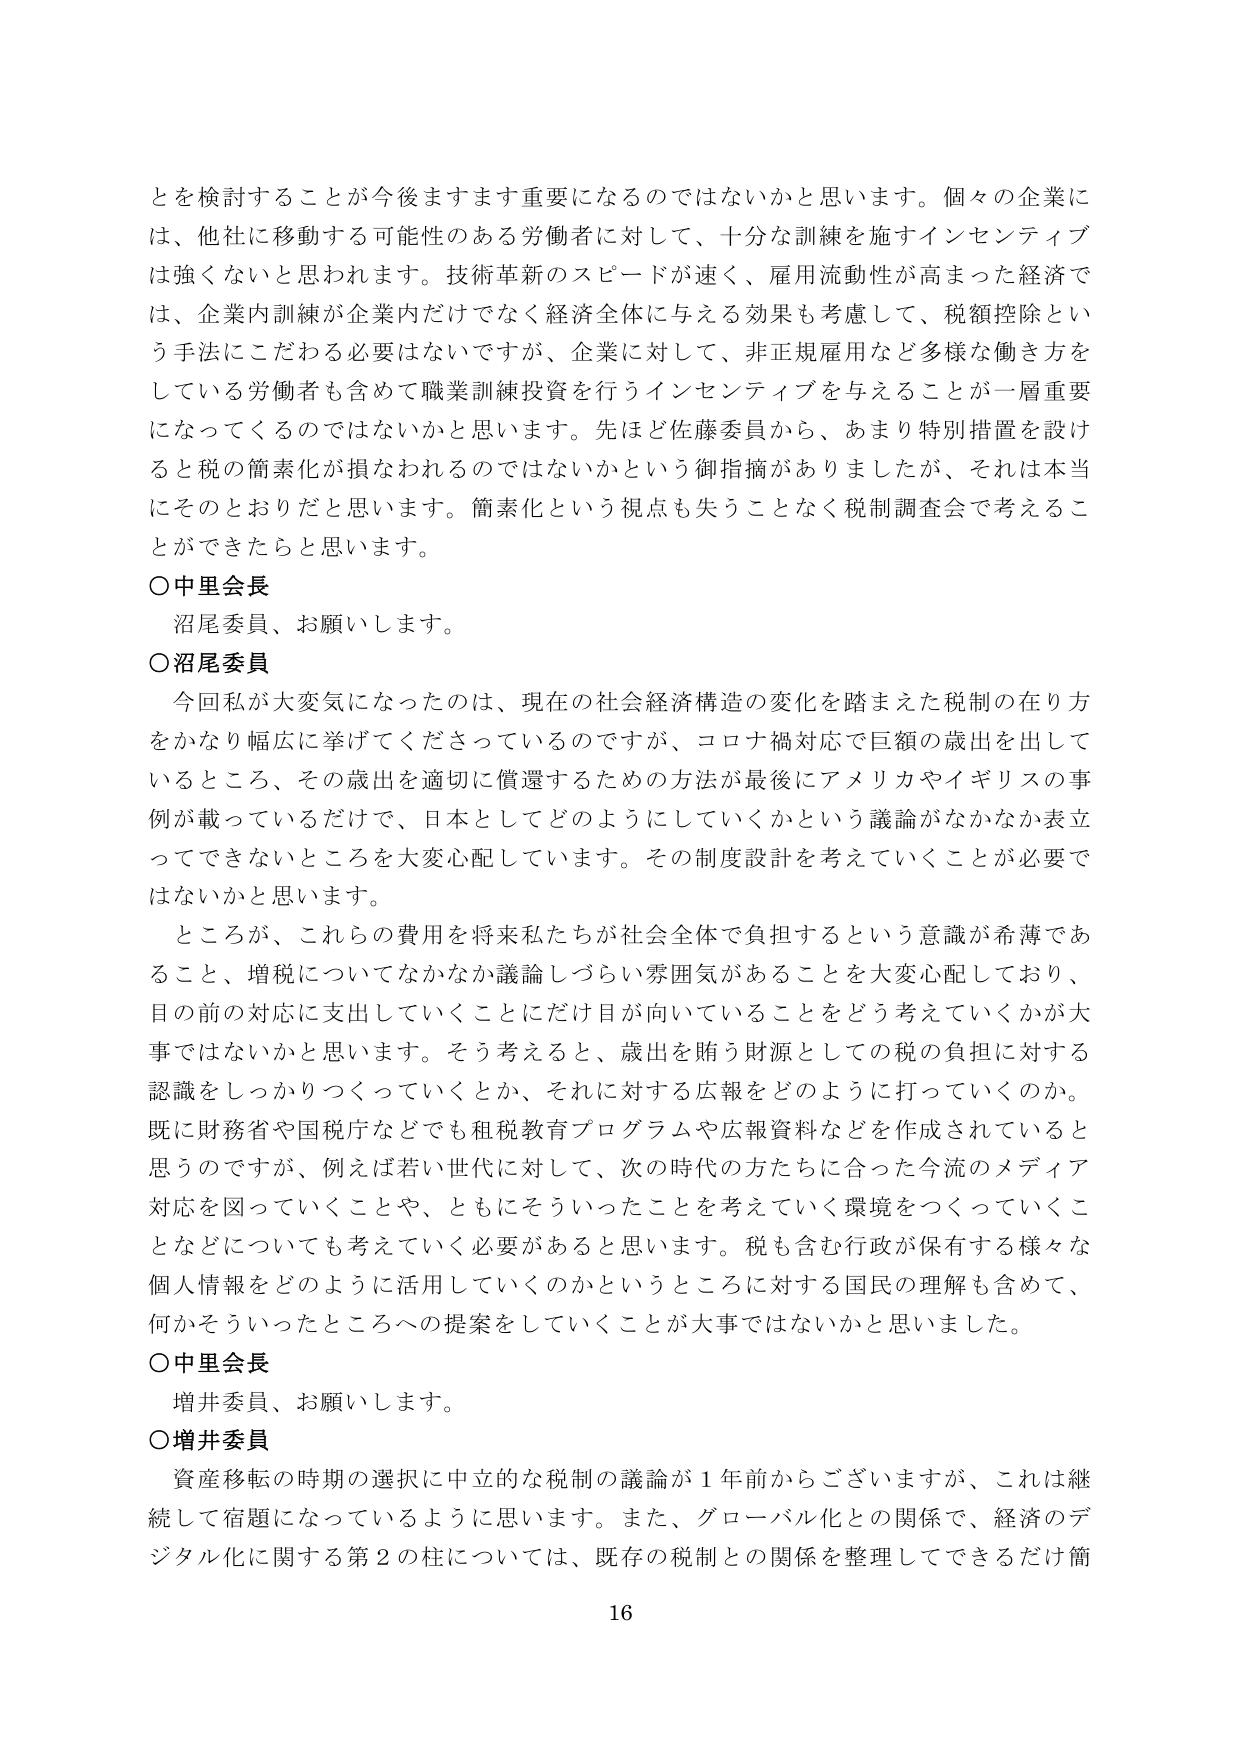
とを検討することが今後ますます重要になるのではないかと思います。個々の企業には、他社に移動する可能性のある労働者に対して、十分な訓練を施すインセンティブは強くないと思われます。技術革新のスピードが速く、雇用流動性が高まった経済では、企業内訓練が企業内だけでなく経済全体に与える効果も考慮して、税額控除という手法にこだわる必要はないですが、企業に対して、非正規雇用など多様な働き方をしている労働者も含めて職業訓練投資を行うインセンティブを与えることが一層重要になってくるのではないかと思います。先ほど佐藤委員から、あまり特別措置を設けると税の簡素化が損なわれるのではないかという御指摘がありましたが、それは本当にそのとおりだと思います。簡素化という視点も失うことなく税制調査会で考えることができたらと思います。

○中里会長
沼尾委員、お願いします。

○沼尾委員
今回私が大変気になったのは、現在の社会経済構造の変化を踏まえた税制の在り方をかなり幅広に挙げてくださっているのですが、コロナ禍対応で巨額の歳出を出しているところ、その歳出を適切に償還するための方法が最後にアメリカやイギリスの事例が載っているだけで、日本としてどのようにしていくかという議論がなかなか表立ってできないところを大変心配しています。その制度設計を考えていくことが必要ではないかと思います。

ところが、これらの費用を将来私たちが社会全体で負担するという意識が希薄であること、増税についてなかなか議論しづらい雰囲気があることを大変心配しており、目の前の対応に支出していくことにだけ目が向いていることをどう考えていくかが大事ではないかと思います。そう考えると、歳出を賄う財源としての税の負担に対する認識をしっかりつくっていくとか、それに対する広報をどのように打っていくのか。既に財務省や国税庁などでも租税教育プログラムや広報資料などを作成されていると思うのですが、例えば若い世代に対して、次の時代の方たちに合った今流のメディア対応を図っていくことや、ともにそういったことを考えていく環境をつくっていくことなどについても考えていく必要があると思います。税も含む行政が保有する様々な個人情報をどのように活用していくのかというところに対する国民の理解も含めて、何かそういったところへの提案をしていくことが大事ではないかと思いました。

○中里会長
増井委員、お願いします。

○増井委員
資産移転の時期の選択に中立的な税制の議論が１年前からございますが、これは継続して宿題になっているように思います。また、グローバル化との関係で、経済のデジタル化に関する第２の柱については、既存の税制との関係を整理してできるだけ簡

16